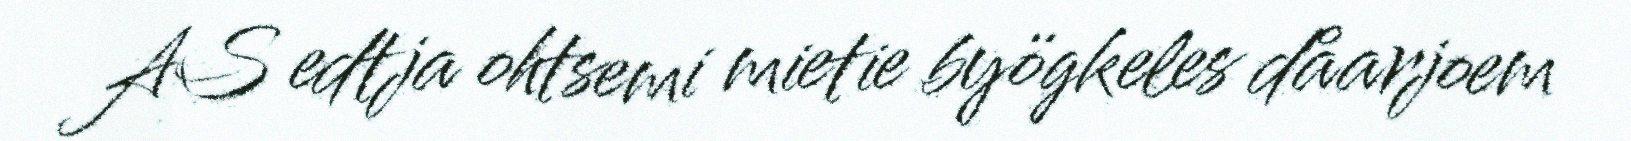
AS edtja ohtsemi mietie byögkeles dåarjoem